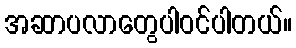
အဆာပလာတွေပါဝင်ပါတယ်။